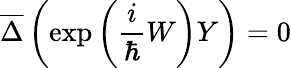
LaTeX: \overline{{{\Delta}}}\left(\exp\left(\frac i\hbar W\right)Y\right)=0